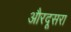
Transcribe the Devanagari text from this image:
औरदूसरा